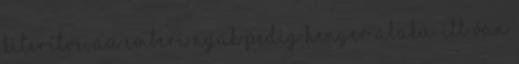
kiterítve, az emberi nyak pedig henger alakú. Itt van